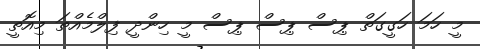
މީ ހަމަ ހަގީގަތް ޕިސް ޕިސް ޕިސް މީ ހިންދީ ފިލްމެއްތަ މިއޮތީ